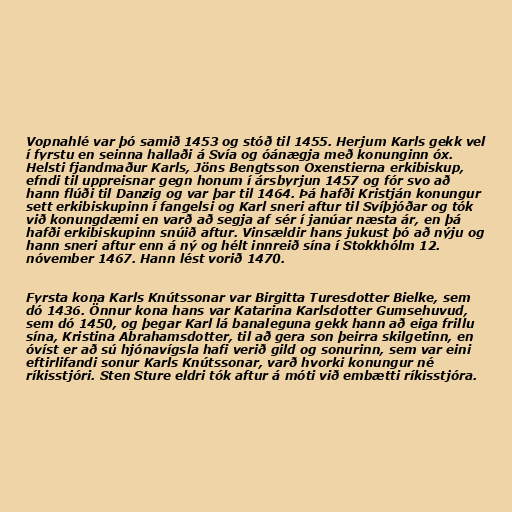
Vopnahlé var þó samið 1453 og stóð til 1455. Herjum Karls gekk vel
í fyrstu en seinna hallaði á Svía og óánægja með konunginn óx.
Helsti fjandmaður Karls, Jöns Bengtsson Oxenstierna erkibiskup,
efndi til uppreisnar gegn honum í ársbyrjun 1457 og fór svo að
hann flúði til Danzig og var þar til 1464. Þá hafði Kristján konungur
sett erkibiskupinn í fangelsi og Karl sneri aftur til Svíþjóðar og tók
við konungdæmi en varð að segja af sér í janúar næsta ár, en þá
hafði erkibiskupinn snúið aftur. Vinsældir hans jukust þó að nýju og
hann sneri aftur enn á ný og hélt innreið sína í Stokkhólm 12.
nóvember 1467. Hann lést vorið 1470.

Fyrsta kona Karls Knútssonar var Birgitta Turesdotter Bielke, sem
dó 1436. Önnur kona hans var Katarina Karlsdotter Gumsehuvud,
sem dó 1450, og þegar Karl lá banaleguna gekk hann að eiga frillu
sína, Kristina Abrahamsdotter, til að gera son þeirra skilgetinn, en
óvíst er að sú hjónavígsla hafi verið gild og sonurinn, sem var eini
eftirlifandi sonur Karls Knútssonar, varð hvorki konungur né
ríkisstjóri. Sten Sture eldri tók aftur á móti við embætti ríkisstjóra.